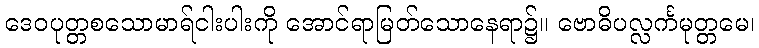
ဒေဝပုတ္တစသောမာရ်ငါးပါးကို အောင်ရာမြတ်သောနေရာ၌။ ဗောဓိပလ္လင်္ကမုတ္တမေ၊